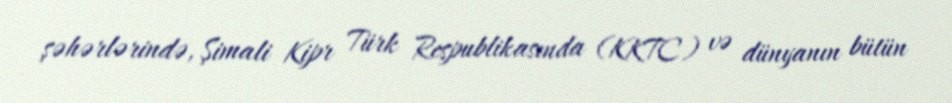
şəhərlərində, Şimali Kipr Türk Respublikasında (KKTC) və dünyanın bütün